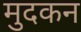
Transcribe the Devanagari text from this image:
मुदकन